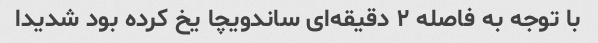
با توجه به فاصله ۲ دقیقه‌ای ساندویچا یخ کرده بود شدیدا